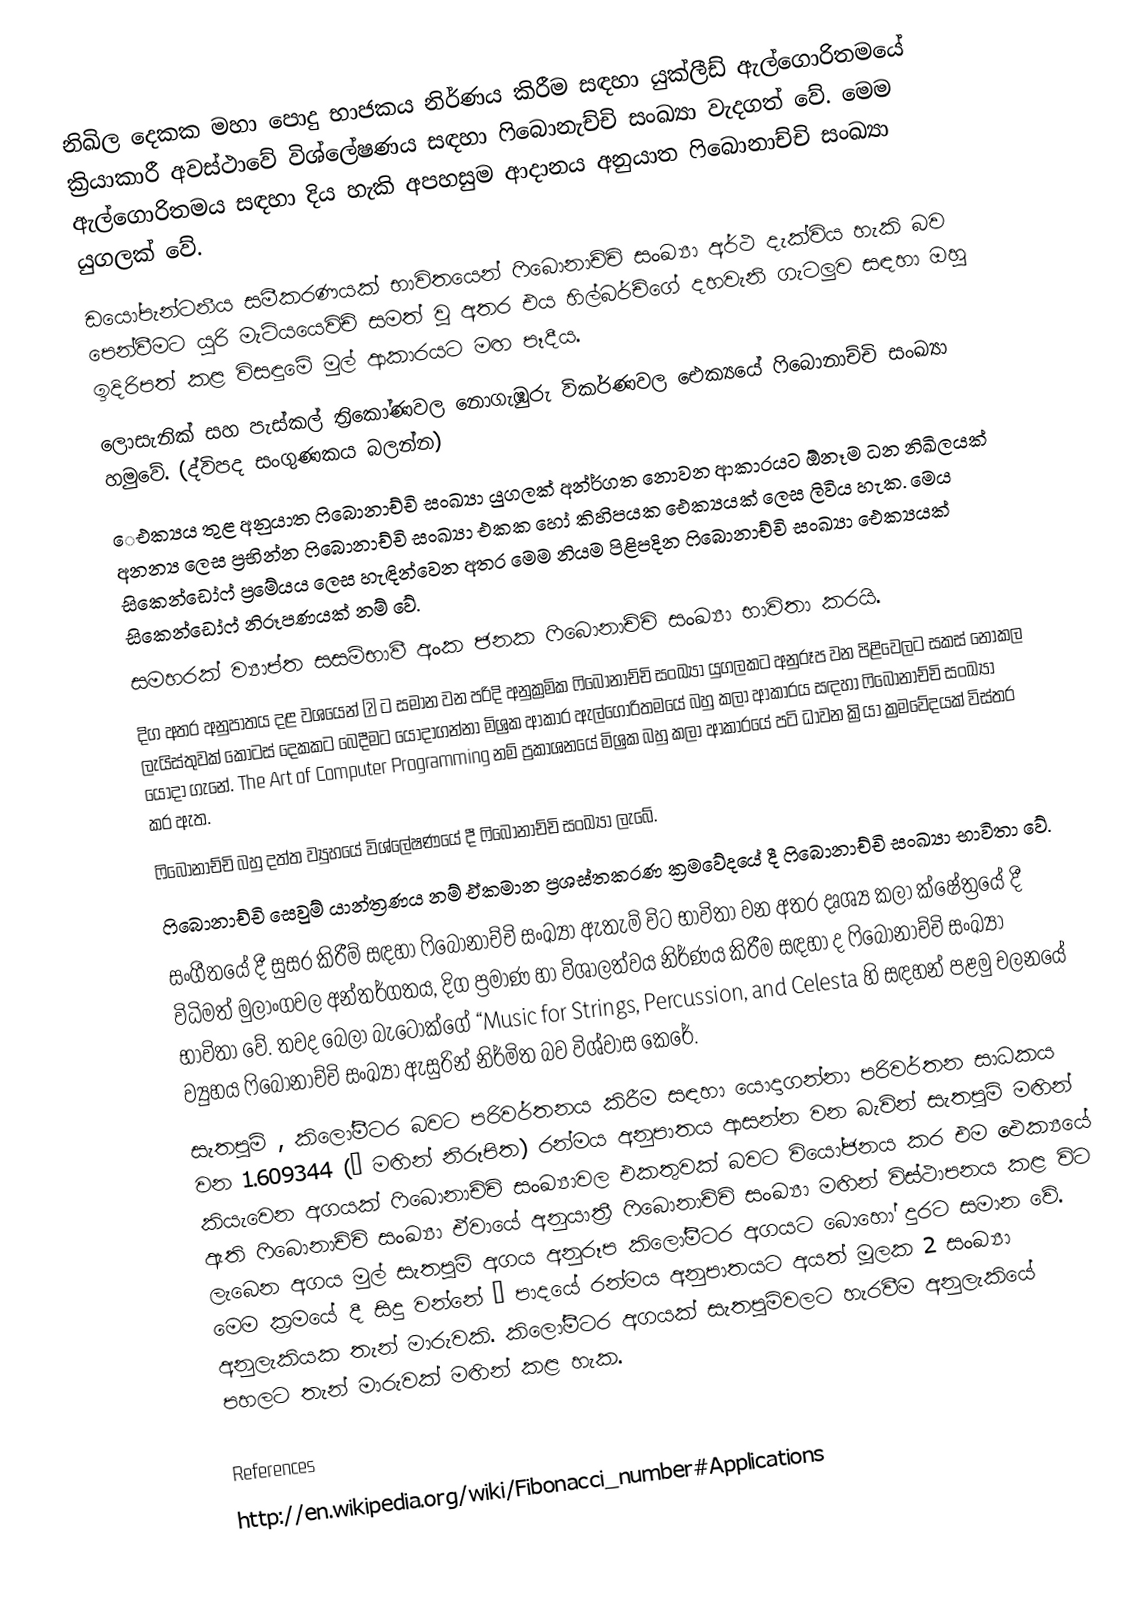
නිඛිල දෙකක මහා පොදු භාජකය නිර්ණය කිරීම සඳහා යුක්ලීඩ් ඇල්ගොරිතමයේ ක්‍රියාකාරී අවස්ථාවේ විශ්ලේෂණය සඳහා ෆිබොනැච්චි සංඛ්‍යා වැදගත් වේ. මෙම ඇල්ගොරිතමය සඳහා දිය හැකි අපහසුම ආදානය අනුයාත ෆිබොනාච්චි සංඛ්‍යා යුගලක් වේ.
ඩයෝපැන්ටනීය සමීකරණයක් භාවිතයෙන් ෆි‍බොනාච්චි සංඛ්‍යා අර්ථ දැක්විය හැකි බව පෙන්වීමට යූරි මැටියයෙවිච් සමත් වූ අතර එය හිල්බර්ච්ගේ දහවැනි ගැටලුව සඳහා ඔහු ඉදිරිපත් කළ විසඳුමේ මුල් ආකාරයට මඟ පෑදීය.
ලොසැනික් සහ පැස්කල් ත්‍රිකෝණවල නොගැඹුරු විකර්ණවල ඓක්‍යයේ ෆිබොනාච්චි සංඛ්‍යා හමුවේ. (ද්විපද සංගුණකය බලන්න)
‍ෙඑක්‍යය තුළ අනුයාත ෆිබොනාච්චි සංඛ්‍යා යුගලක් අන්ර්ගත නොවන ආකාරයට ඕනෑම ධන නිඛිලයක් අනන්‍ය ලෙස ප්‍රභින්න ෆිබොනාච්චි සංඛ්‍යා එකක හෝ කිහිපයක ඓක්‍යයක් ලෙස ලිවිය හැක. මෙය සිකෙන්ඩෝෆ් ප්‍රමේයය ලෙස හැඳින්වෙන අතර මෙම නියම පිළිපදින ෆිබොනාච්චි සංඛ්‍යා ඓක්‍යයක් සිකෙන්ඩෝෆ් නිරූපණයක් නම් වේ.
සමහරක් ව්‍යාප්ත සසම්භාවී අංක ජනක ෆිබොනාච්චි සංඛ්‍යා භාවිතා කරයි.
දිග අතර අනුපාතය දළ වශයෙන් φ ට සමාන වන පරිදි අනුක්‍රමික ෆිබොනාච්චි සංඛ්‍යා යුගලකට අනුරූප වන පිළිවෙලට සකස් නොකල ලැයිස්තුවක් කොටස් දෙකකට බෙදීමට යොදාගන්නා මිශ්‍රක ආකාර ඇල්ගොරිතමයේ බහු කලා ආකාරය සඳහා ෆිබොනාච්චි සංඛ්‍යා යොදා ගැනේ. The Art of Computer Programming නම් ප්‍රකාශනයේ මිශ්‍රක බහු කලා ආකාරයේ පටි ධාවන ක්‍රියා ක්‍රමවේදයක් විස්තර කර ඇත.
ෆිබොනාච්චි බහු දත්ත ව්‍යුහයේ විශ්ලේෂණයේ දී ෆිබොනාච්චි සංඛ්‍යා ලැබේ.
ෆිබොනාච්චි සෙවුම් යාන්ත්‍රණය නම් ඒකමාන ප්‍රශස්තකරණ ක්‍රමවේදයේ දී ෆිබොනාච්චි සංඛ්‍යා භාවිතා වේ.
සංගීතයේ දී සුසර කිරීම් සඳහා ෆිබොනාච්චි සංඛ්‍යා ඇතැම් විට භාවිතා වන අතර දෘශ්‍ය කලා ක්ෂේත්‍රයේ දී විධිමත් මුලාංගවල අන්තර්ගතය, දිග ප්‍රමාණ හා විශාලත්වය නිර්ණය කිරීම සඳහා ද ‍ෆිබොනාච්චි සංඛ්‍යා භාවිතා වේ. තවද බෙලා බැටොක්ගේ “Music for Strings, Percussion, and Celesta  හි සඳහන් පළමු චලනයේ ව්‍යුහය ෆිබොනාච්චි සංඛ්‍යා ඇසුරින් නිර්මිත බව විශ්වාස කෙරේ.
සැතපුම් , කිලෝමීටර බවට පරිවර්තනය කිරීම සඳහා යොදාගන්නා පරිවර්තන සාධකය වන 1.609344 (φ මඟින් නිරූපිත) රන්මය අනුපාතය ආසන්න වන බැවින් සැතපුම් මඟින් කියැවෙන අගයක් ෆිබොනාච්චි සංඛ්‍යාවල එකතුවක් බවට වියෝජනය කර එම ඓක්‍යයේ ඇති ෆිබොනාච්චි සංඛ්‍යා ඒවායේ අනුයාත්‍රී ෆිබොනාච්චි සංඛ්‍යා මඟින් විස්ථාපනය කළ විට ලැබෙන අගය මුල් සැතපුම් අගය අනුරූප කිලෝමීටර අගයට බොහෝ දුරට සමාන වේ. මෙම ක්‍රමයේ දී සිදු වන්නේ φ පාදයේ රන්මය අනුපාතයට අයත් මූලක 2 සංඛ්‍යා අනුලැකියක තැන් මාරුවකි. කිලෝමීටර අගයක් සැතපුම්වලට හැරවීම අනුලැකියේ පහලට තැන් මාරුවක් මඟින් කළ හැක.

References
http://en.wikipedia.org/wiki/Fibonacci_number#Applications